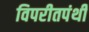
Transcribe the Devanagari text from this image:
विपरीतपंथी